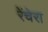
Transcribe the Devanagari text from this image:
रेंचेरा